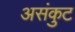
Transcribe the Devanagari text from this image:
असंकुट